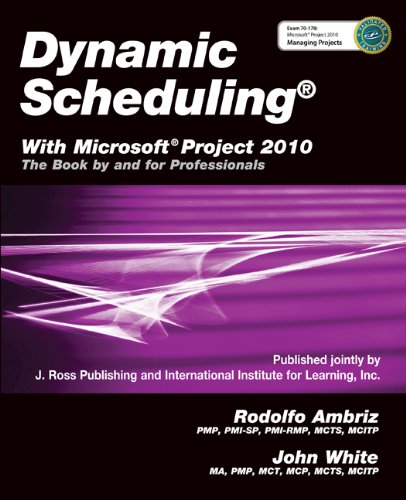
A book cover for Dynamic Scheduling with Microsoft Project 2010: The Book by and for Professionals; Rodolfo Ambriz; Computers & Technology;